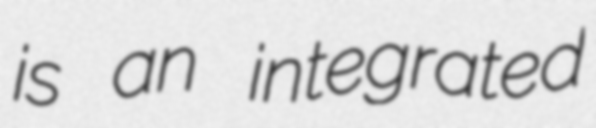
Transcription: is an integrated